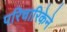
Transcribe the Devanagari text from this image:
परिचारिकेने